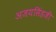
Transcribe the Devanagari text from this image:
अजयसिंहजी